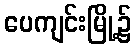
ပေကျင်းမြို့၌